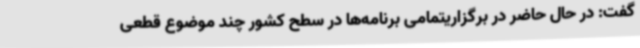
گفت: در حال حاضر در برگزاریتمامی برنامه‌ها در سطح کشور چند موضوع قطعی